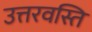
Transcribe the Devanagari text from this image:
उत्तरवस्ति